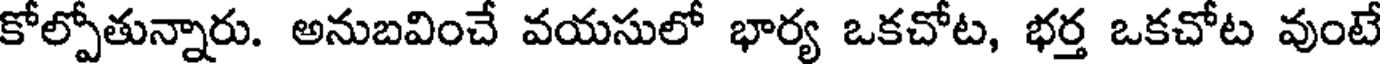
కోల్పోతున్నారు. అనుబవించే వయసులో భార్య ఒకచోట, భర్త ఒకచోట వుంటే